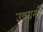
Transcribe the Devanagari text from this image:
उन्नयनों